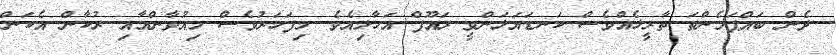
ދެން ބައްޕަމެންތަ ތާރީޚެއްވެސް ކަނޑައަޅަންވީ ރައޫފް އަހާލިއެވެ. މިފަހަރުވެސް މިއުވާންއާއި ރުކާން އެކަން